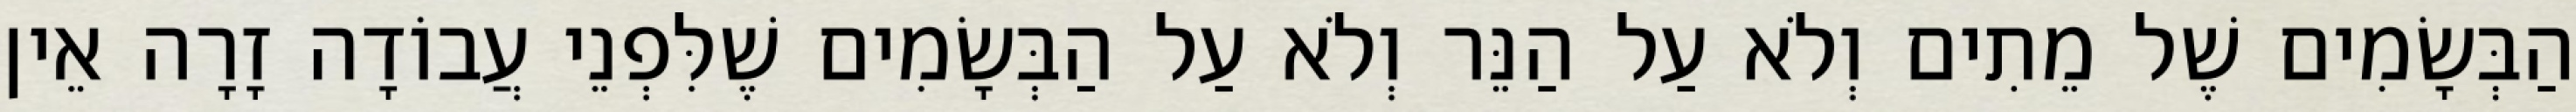
הַבְּשָׂמִים שֶׁל מֵתִים וְלֹא עַל הַנֵּר וְלֹא עַל הַבְּשָׂמִים שֶׁלִּפְנֵי עֲבוֹדָה זָרָה אֵין